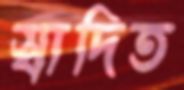
স্বাদিত